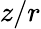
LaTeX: z/r